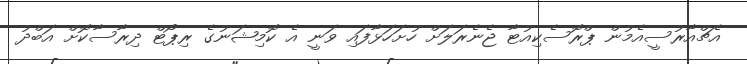
އެޗްއާރުސީއެމުން ޕްރޮސެކިއުޓާ ޖެނެރަލަށް ހުށަހަޅާފައި ވަނީ އެ ކޮމިޝަނުގެ ރިޕޯޓް ދިރާސާކޮށް އަބްދު